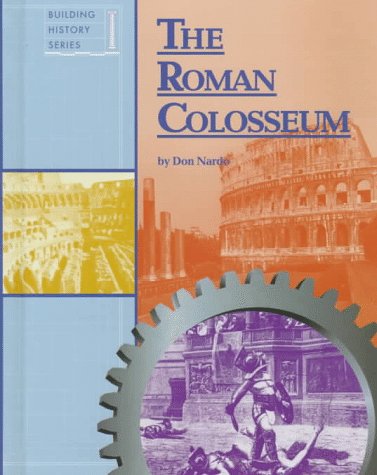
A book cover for The Roman Colosseum (Building History); Don Nardo; Teen & Young Adult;